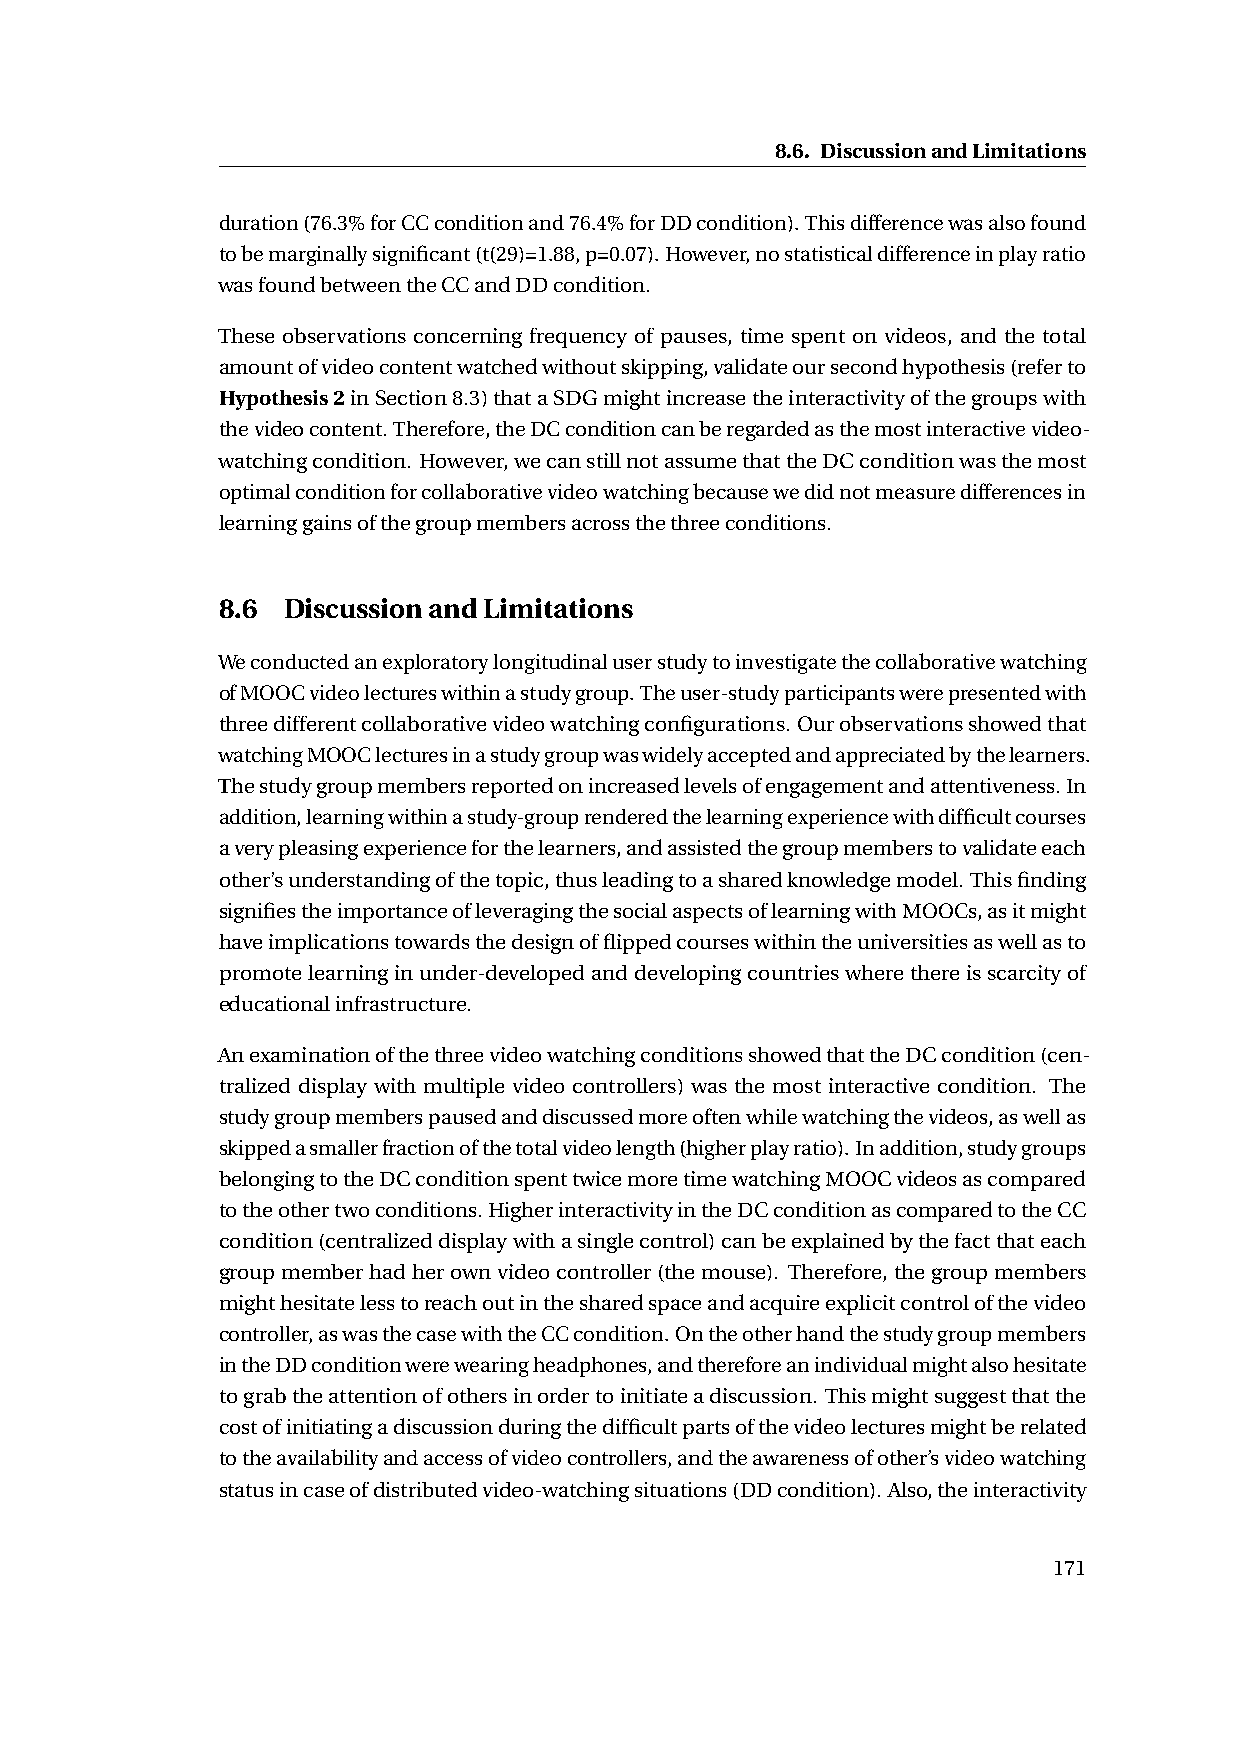
8.6. DiscussionandLimitations
 duration(76.3%forCCconditionand76.4%forDDcondition).Thisdifferencewasalsofound
 tobemarginallysignificant(t(29)=1.88,p=0.07).However,nostatisticaldifferenceinplayratio
 wasfoundbetweentheCCandDDcondition.
 These observations concerning frequency of pauses, time spent on videos, and the total
 amountofvideocontentwatchedwithoutskipping,validateoursecondhypothesis(referto
 Hypothesis2inSection8.3)thataSDGmightincreasetheinteractivityofthegroupswith
 thevideocontent.Therefore,theDCconditioncanberegardedasthemostinteractivevideo-
 watchingcondition. However,wecanstillnotassumethattheDCconditionwasthemost
 optimalconditionforcollaborativevideowatchingbecausewedidnotmeasuredifferencesin
 learninggainsofthegroupmembersacrossthethreeconditions.
 8.6  DiscussionandLimitations
 Weconductedanexploratorylongitudinaluserstudytoinvestigatethecollaborativewatching
 ofMOOCvideolectureswithinastudygroup.Theuser-studyparticipantswerepresentedwith
 threedifferentcollaborativevideowatchingconfigurations. Ourobservationsshowedthat
 watchingMOOClecturesinastudygroupwaswidelyacceptedandappreciatedbythelearners.
 Thestudygroupmembersreportedonincreasedlevelsofengagementandattentiveness.In
 addition,learningwithinastudy-grouprenderedthelearningexperiencewithdifficultcourses
 averypleasingexperienceforthelearners,andassistedthegroupmemberstovalidateeach
 other’sunderstandingofthetopic,thusleadingtoasharedknowledgemodel.Thisfinding
 signifiestheimportanceofleveragingthesocialaspectsoflearningwithMOOCs,asitmight
 haveimplicationstowardsthedesignofflippedcourseswithintheuniversitiesaswellasto
 promotelearninginunder-developedanddevelopingcountrieswherethereisscarcityof
 educationalinfrastructure.
 AnexaminationofthethreevideowatchingconditionsshowedthattheDCcondition(cen-
 tralized display with multiple video controllers) was the most interactive condition. The
 studygroupmemberspausedanddiscussedmoreoftenwhilewatchingthevideos,aswellas
 skippedasmallerfractionofthetotalvideolength(higherplayratio).Inaddition,studygroups
 belongingtotheDCconditionspenttwicemoretimewatchingMOOCvideosascompared
 totheothertwoconditions.HigherinteractivityintheDCconditionascomparedtotheCC
 condition(centralizeddisplaywithasinglecontrol)canbeexplainedbythefactthateach
 groupmemberhadherownvideocontroller(themouse). Therefore,thegroupmembers
 mighthesitatelesstoreachoutinthesharedspaceandacquireexplicitcontrolofthevideo
 controller,aswasthecasewiththeCCcondition.Ontheotherhandthestudygroupmembers
 intheDDconditionwerewearingheadphones,andthereforeanindividualmightalsohesitate
 tograbtheattentionofothersinordertoinitiateadiscussion. Thismightsuggestthatthe
 costofinitiatingadiscussionduringthedifficultpartsofthevideolecturesmightberelated
 totheavailabilityandaccessofvideocontrollers,andtheawarenessofother’svideowatching
 statusincaseofdistributedvideo-watchingsituations(DDcondition).Also,theinteractivity
 171